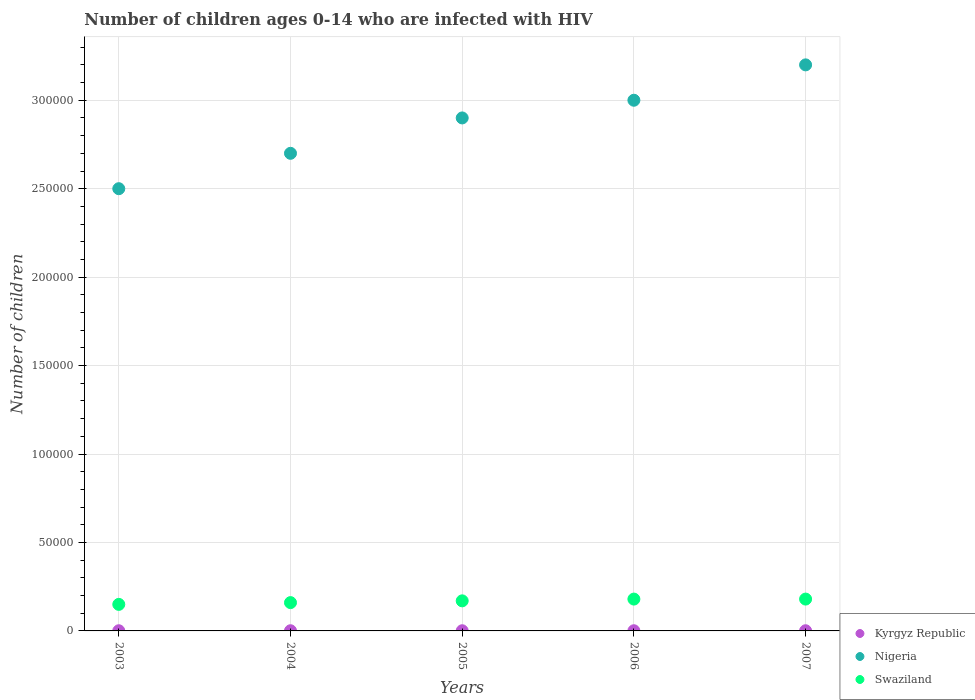
| Years | Kyrgyz Republic | Nigeria | Swaziland |
 | --- | --- | --- | --- |
 | 2003 | 100 | 2.5e+05 | 1.5e+04 |
 | 2004 | 100 | 2.7e+05 | 1.6e+04 |
 | 2005 | 100 | 2.9e+05 | 1.7e+04 |
 | 2006 | 100 | 3e+05 | 1.8e+04 |
 | 2007 | 100 | 3.2e+05 | 1.8e+04 |